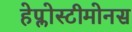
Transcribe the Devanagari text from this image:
हेप्लोस्टीमोनस